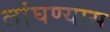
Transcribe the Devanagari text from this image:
लांघण्यास